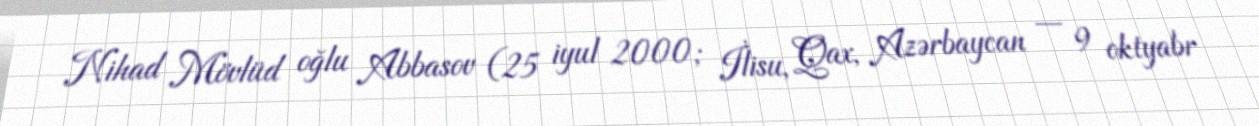
Nihad Mövlüd oğlu Abbasov (25 iyul 2000; İlisu, Qax, Azərbaycan — 9 oktyabr